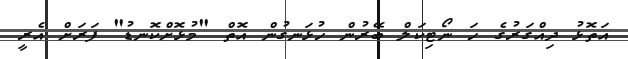
އަތޮޅު ދިއްގަރުގެ ހަ ނޯޓިކަލް ބޭރުން ހުޅަނގުން އޮތް "މުޅޮށްކޮނޑު" ފަރަށް އެރީ